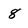
Character: 8